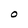
Character: O